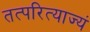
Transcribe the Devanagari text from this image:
तत्परित्याज्यं